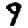
Digit: 9